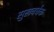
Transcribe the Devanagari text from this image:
सुखवर्धक